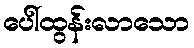
ပေါ်ထွန်းလာသော